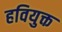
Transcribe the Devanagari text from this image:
हवियुक्त